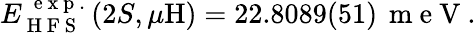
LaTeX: E_{\mathrm{~H~F~S~}}^{\, \mathrm{~e~x~p~.~}}(2S,\mu\mathrm{H})=22.8089(51)\, \mathrm{~m~e~V~}.